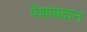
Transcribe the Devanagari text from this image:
पेशाबदान